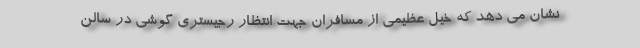
نشان می دهد که خیل عظیمی از مسافران جهت انتظار رجیستری گوشی در سالن